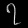
Digit: ၇